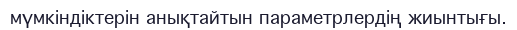
мүмкіндіктерін анықтайтын параметрлердің жиынтығы.